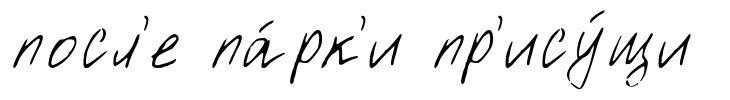
посл'е па́рк'и пр'ису́щи